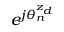
e ^ { j { \theta } _ { n } ^ { z _ { d } } }